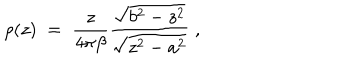
LaTeX: \rho ( z ) \; = \; { \frac { z } { 4 \pi \beta } } { \frac { \sqrt { b ^ { 2 } - z ^ { 2 } } } { \sqrt { z ^ { 2 } - a ^ { 2 } } } } \; ,